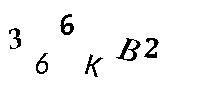
366KB2